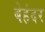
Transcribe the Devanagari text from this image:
बेहंदर